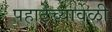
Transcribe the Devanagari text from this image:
पहाटेच्यावेळी